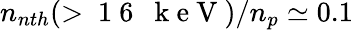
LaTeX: n_{nth}(>\mathrm{~1~6~~~k~e~V~})/n_{p}\simeq 0.1